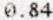
0.84